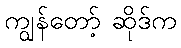
ကျွန်တော့် ဆိုဒ်က